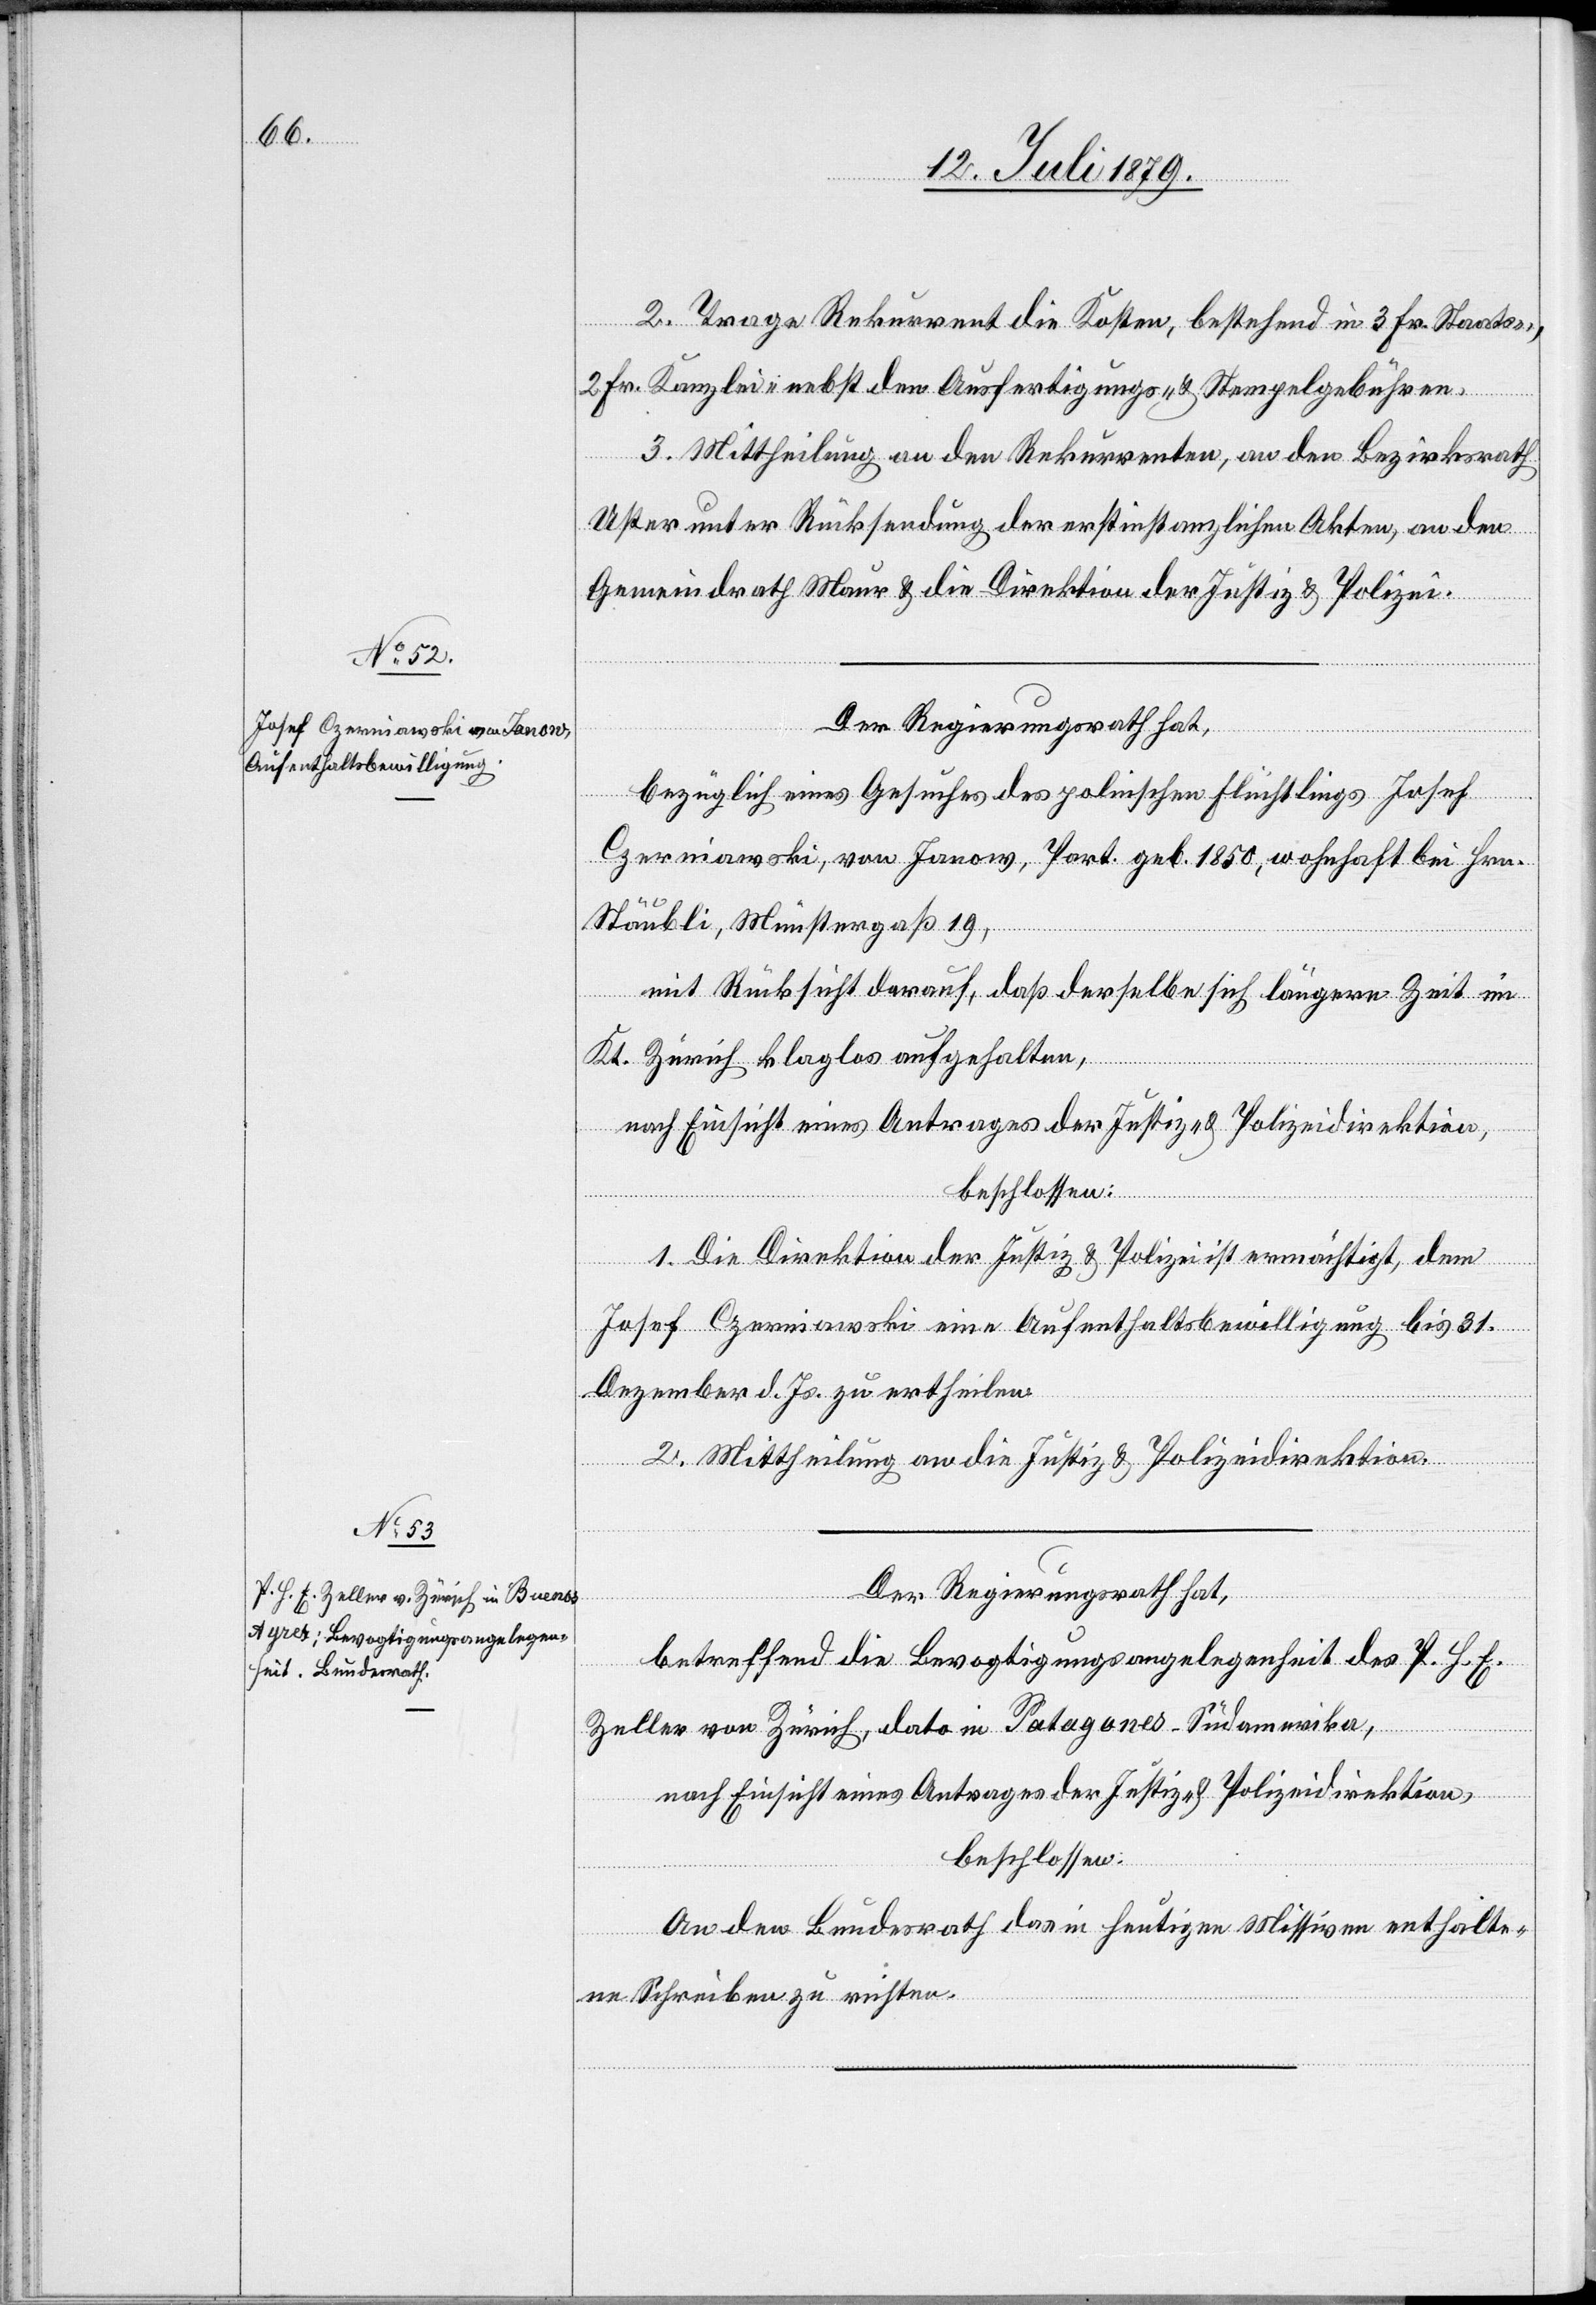
2. Trage Rekurrent die Kosten, bestehend in 3 Fr. Staats-,
2 Fr. Kanzlei- nebst den Ausfertigungs- & Stempelgebühren.
3. Mittheilung an den Rekurrenten, an den Bezirksrath
Uster unter Rücksendung der erstinstanzlichen Akten, an den
Gemeindrath Maur & die Direktion der Justiz & Polizei.
Der Regierungsrath hat,
bezüglich eines Gesuches des polnischen Flüchtlings Josef
Czerniawski, von Janow, Part. geb. 1850, wohnhaft bei Hrn.
Stäubli, Münstergaß 19,
mit Rücksicht darauf, daß derselbe sich längere Zeit im
Kt. Zürich klaglos aufgehalten,
nach Einsicht eines Antrages der Justiz- & Polizeidirektion,
beschlossen:
1. Die Direktion der Justiz & Polizei ist ermächtigt, dem
Josef Czerniawski eine Aufenthaltsbewilligung bis 31.
Dezember d. Js. zu ertheilen.
2. Mittheilung an die Justiz[-] & Polizeidirektion.
Der Regierungsrath hat,
betreffend die Bevogtigungsangelegenheit des P. H. E.
Zeller von Zürich, dato in Patagones – Südamerika,
nach Einsicht eines Antrages der Justiz- & Polizeidirektion,
beschlossen:
An den Bundesrath das in heutigen Missiven enthalte¬
ne Schreiben zu richten.